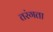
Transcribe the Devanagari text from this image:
तरंगता